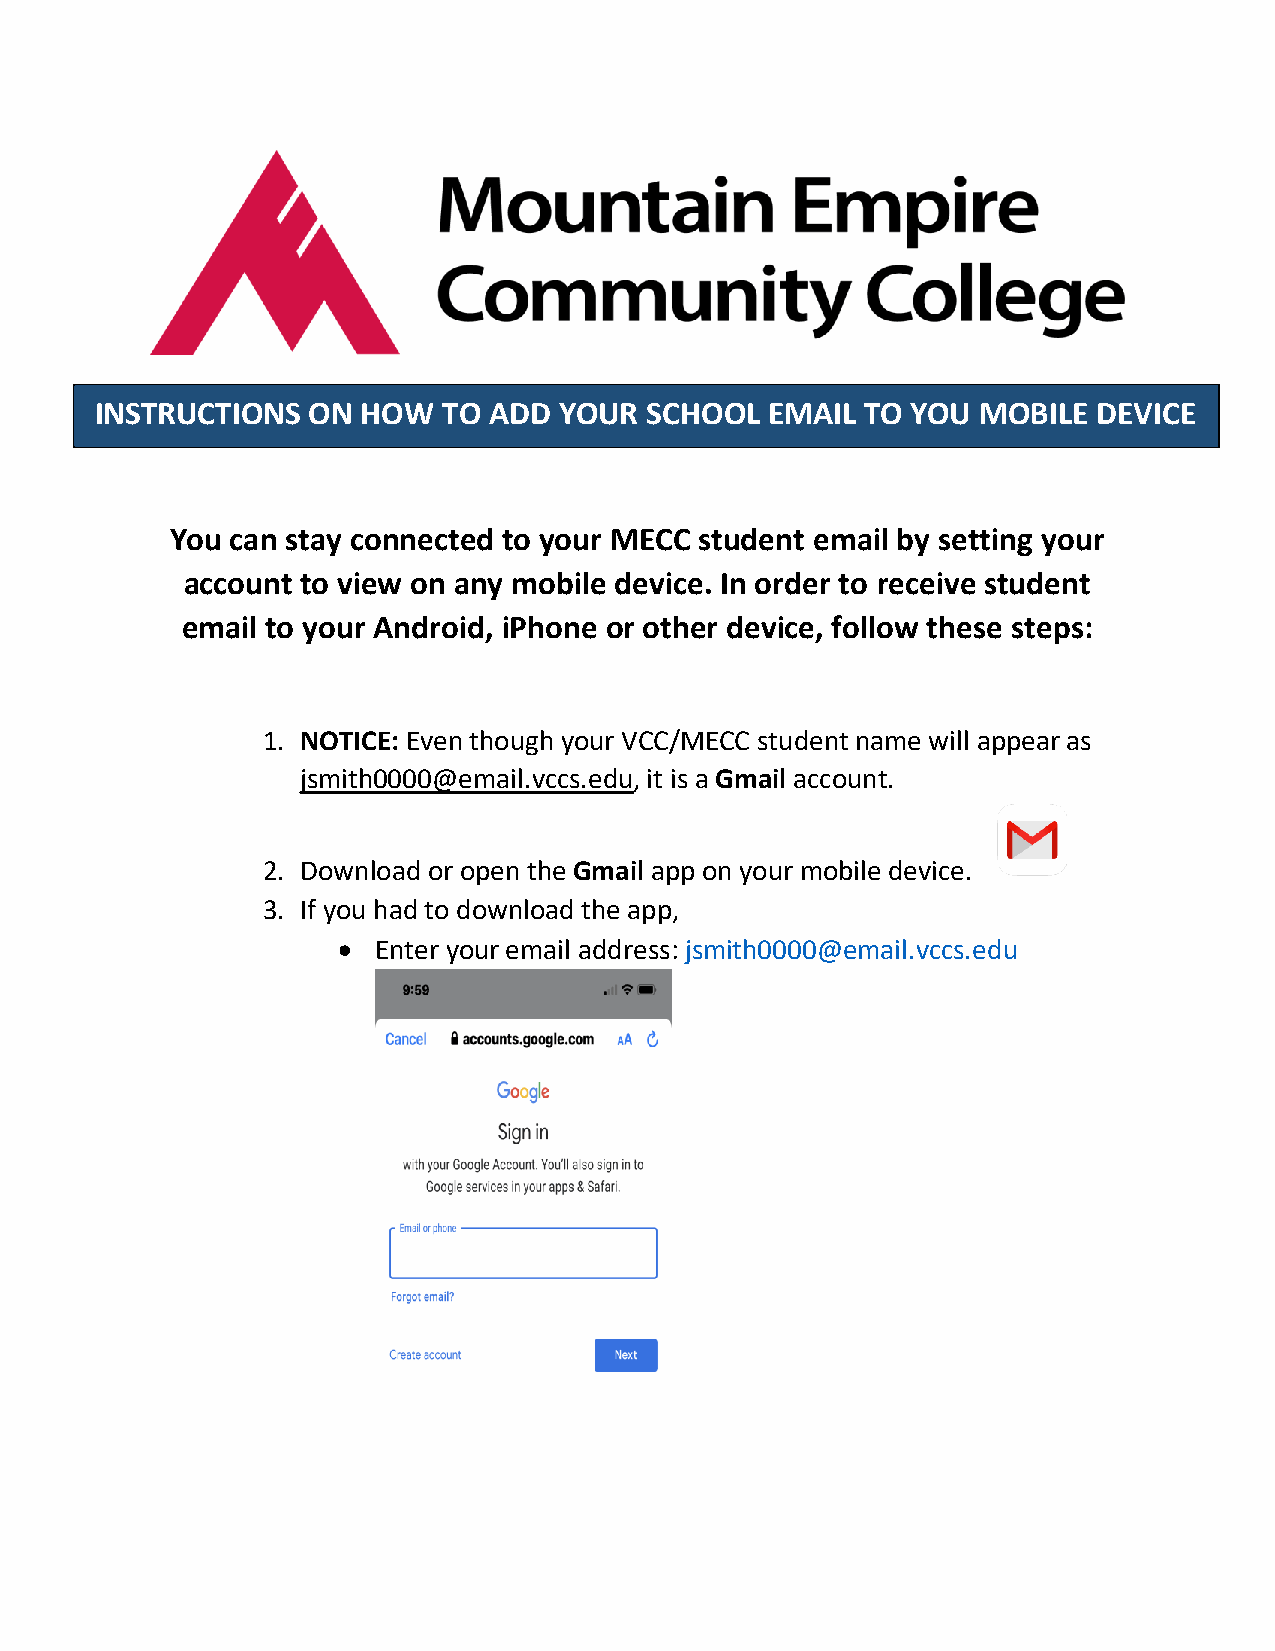
INSTRUCTIONS  ON  HOW  TO ADD  YOUR  SCHOOL  EMAIL TO YOU  MOBILE  DEVICE
 You can stay connected to your MECC student email by setting your
 account to view on any mobile device. In order to receive student
 email to your Android, iPhone or other device, follow these steps:
 1. NOTICE: Even though your VCC/MECC student name will appear as
 jsmith0000@email.vccs.edu, it is a Gmail account.
 2. Download or open the Gmail app on your mobile device.
 3. If you had to download the app,
   Enter your email address: jsmith0000@email.vccs.edu